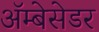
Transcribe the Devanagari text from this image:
अॅम्बेसेडर